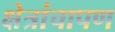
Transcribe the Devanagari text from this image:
क्षेत्रांचापण